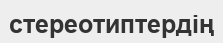
стереотиптердің